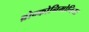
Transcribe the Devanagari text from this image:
ब्रोन्कोनिमोनिया